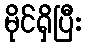
မိုင်ရှိပြီး